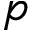
p